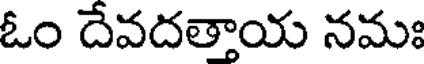
ఓం దేవదత్తాయ నమః